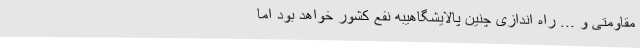
مقاومتی و ... راه اندازی چنین پالایشگاهیبه نفع کشور خواهد بود اما